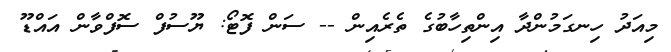
މިއަދު ހިނގަމުންދާ އިންތިހާބުގެ ތެރެއިން -- ސަން ފޮޓޯ: ޔޫސުފް ސޮފްވާން އައްޑޫ